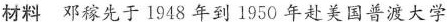
材料 邓稼先于1948年到1950年赴美国普渡大学